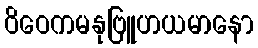
ဝိဝေကမနုဗြူဟယမာနော